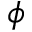
\phi